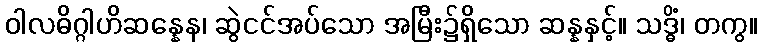
ဝါလဓိဂ္ဂါဟိဆန္နေန၊ ဆွဲငင်အပ်သော အမြီး၌ရှိသော ဆန္နနှင့်။ သဒ္ဓိံ၊ တကွ။